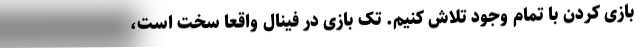
بازی کردن با تمام وجود تلاش کنیم. تک بازی در فینال واقعا سخت است،